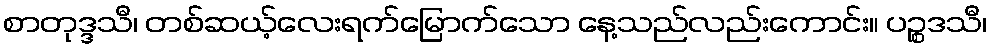
စာတုဒ္ဒသီ၊ တစ်ဆယ့်လေးရက်မြောက်သော နေ့သည်လည်းကောင်း။ ပဉ္စဒသီ၊